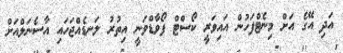
އަދި އޭގެ އަށް މިނެޓްފަހުން އައިވަރީ ކޯސްޓް ފޯވާޑްވަނީ އިތުރު ލަނޑެއްޖަހައި އާސެނަލްއަށް